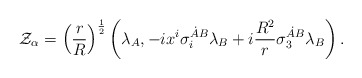
\begin{align*}{\cal Z}_{\alpha}=\left({r\over R}\right)^{1\over 2}\left(\lambda_A, -ix^i\sigma_i^{\dot A B}\lambda_B+i{R^2\over r}\sigma_3^{\dot A B}\lambda_B\right).\end{align*}